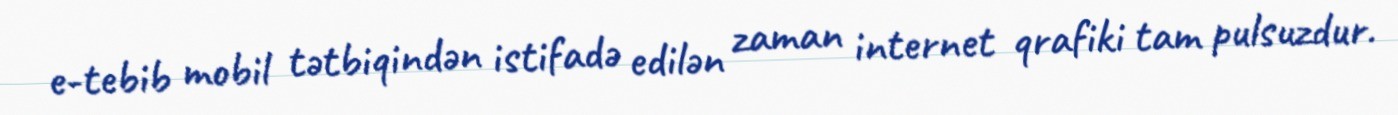
e-tebib mobil tətbiqindən istifadə edilən zaman internet qrafiki tam pulsuzdur.